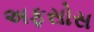
અફસોસ